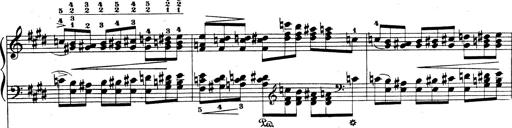
Title: Rhapsodie espagnole
Composer: Franz Liszt